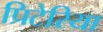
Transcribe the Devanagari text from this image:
प्रिटेरिया